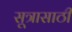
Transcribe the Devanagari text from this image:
सूत्रासाठी